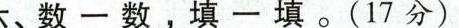
六、数一数，填一填。(17分)